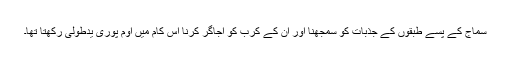
سماج کے پسے طبقوں کے جذبات کو سمجھنا اور ان کے کرب کو اجاگر کرنا اس کام میں اوم پوری یدطولیٰ رکھتا تھا۔